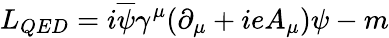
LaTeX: L_{QED}=i\overline{{{\psi}}}\gamma^{\mu}(\partial_{\mu}+ieA_{\mu})\psi-m